Tezpur Lunatic Asylum reports 1877-1894 - 1877-1894
Year: 1877
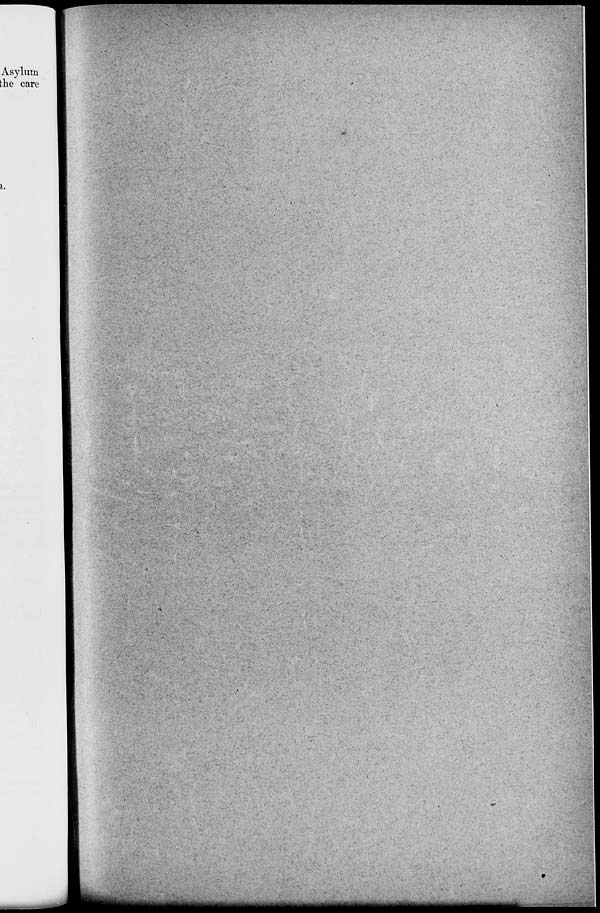
Asylum
bhe care